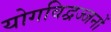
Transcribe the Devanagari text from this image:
योगविद्वज्जनों